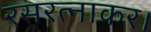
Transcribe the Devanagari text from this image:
रसरत्नाकर।